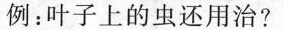
例：叶子上的虫还用治?